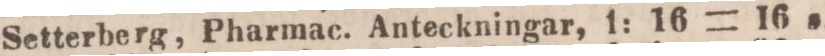
Setterberg, Pharmac. Anteckningar, 1: 16 = 16 s.